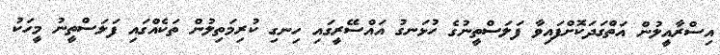
އިސްރާއީލުން އަތްގަދަކޮށްފައިވާ ފަލަސްތީނުގެ ހުޅަނގު އައްސޭރީގައި ހިނގި ކުރިމަތިލުން ތަކެއްގައި ފަލަސްތީނު މީހަކު